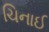
ચિનાઈ